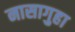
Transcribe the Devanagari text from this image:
नासागुहा